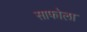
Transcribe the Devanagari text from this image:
साफोला